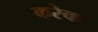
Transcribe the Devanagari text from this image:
करेक